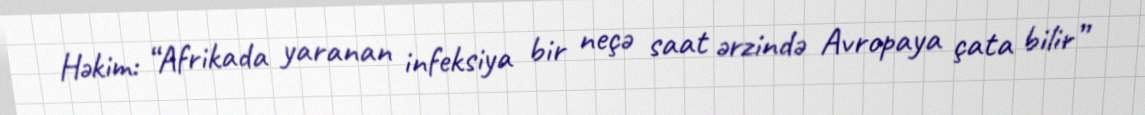
Həkim: “Afrikada yaranan infeksiya bir neçə saat ərzində Avropaya çata bilir”